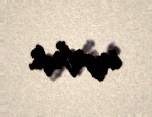
imzaladı.